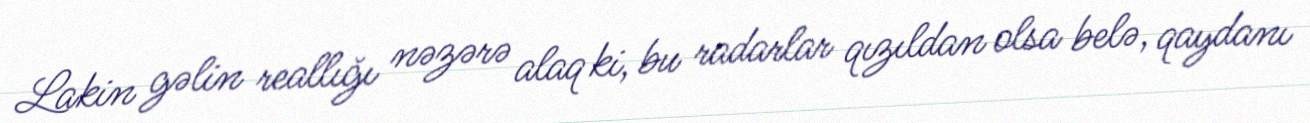
Lakin gəlin reallığı nəzərə alaq ki, bu radarlar qızıldan olsa belə, qaydanı